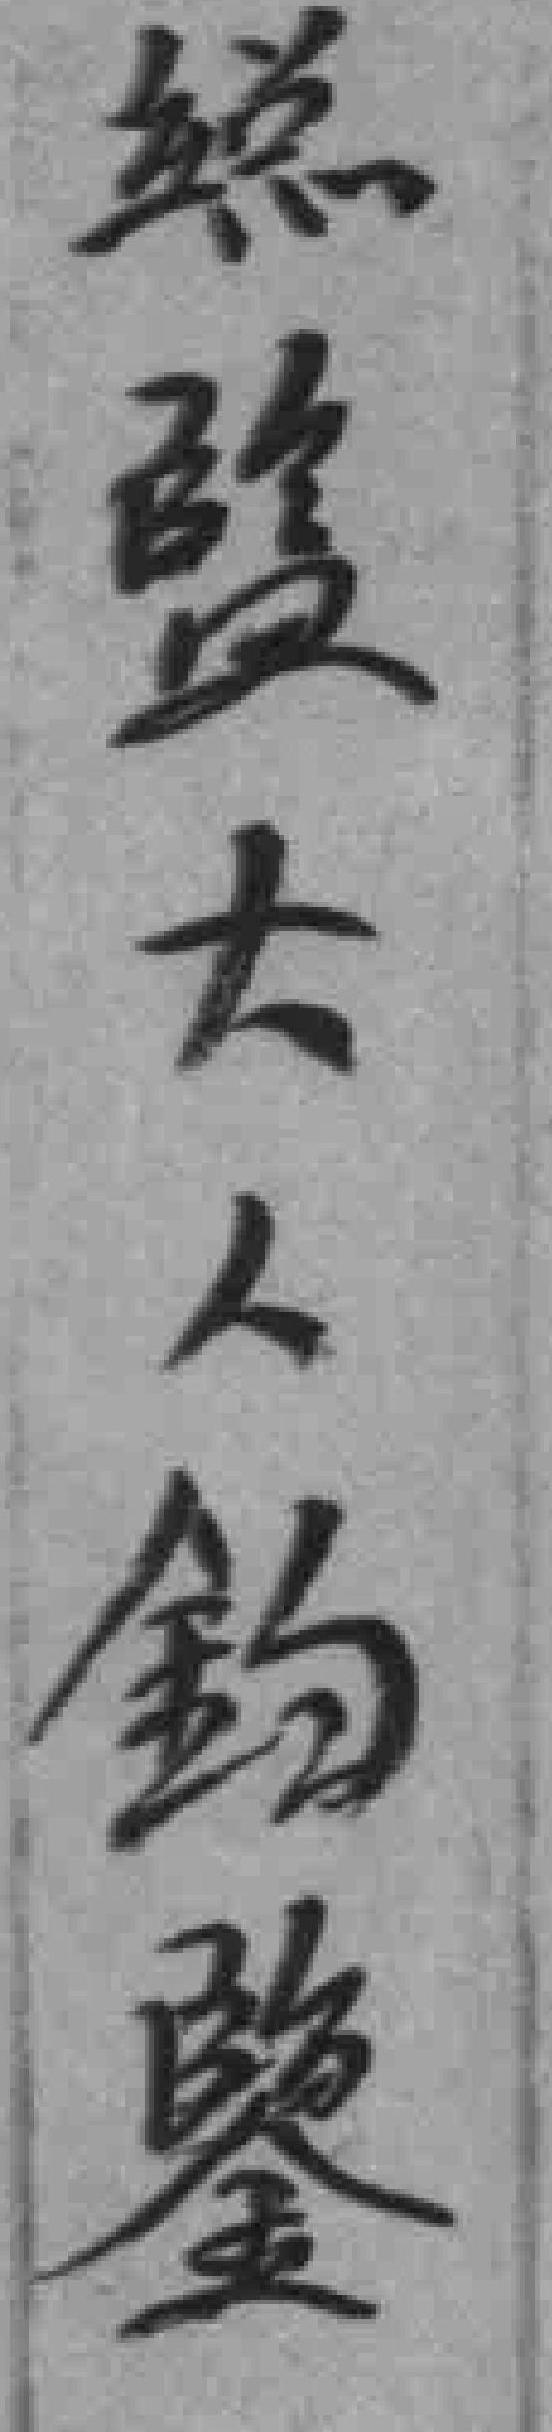
總監大人鈞鑒